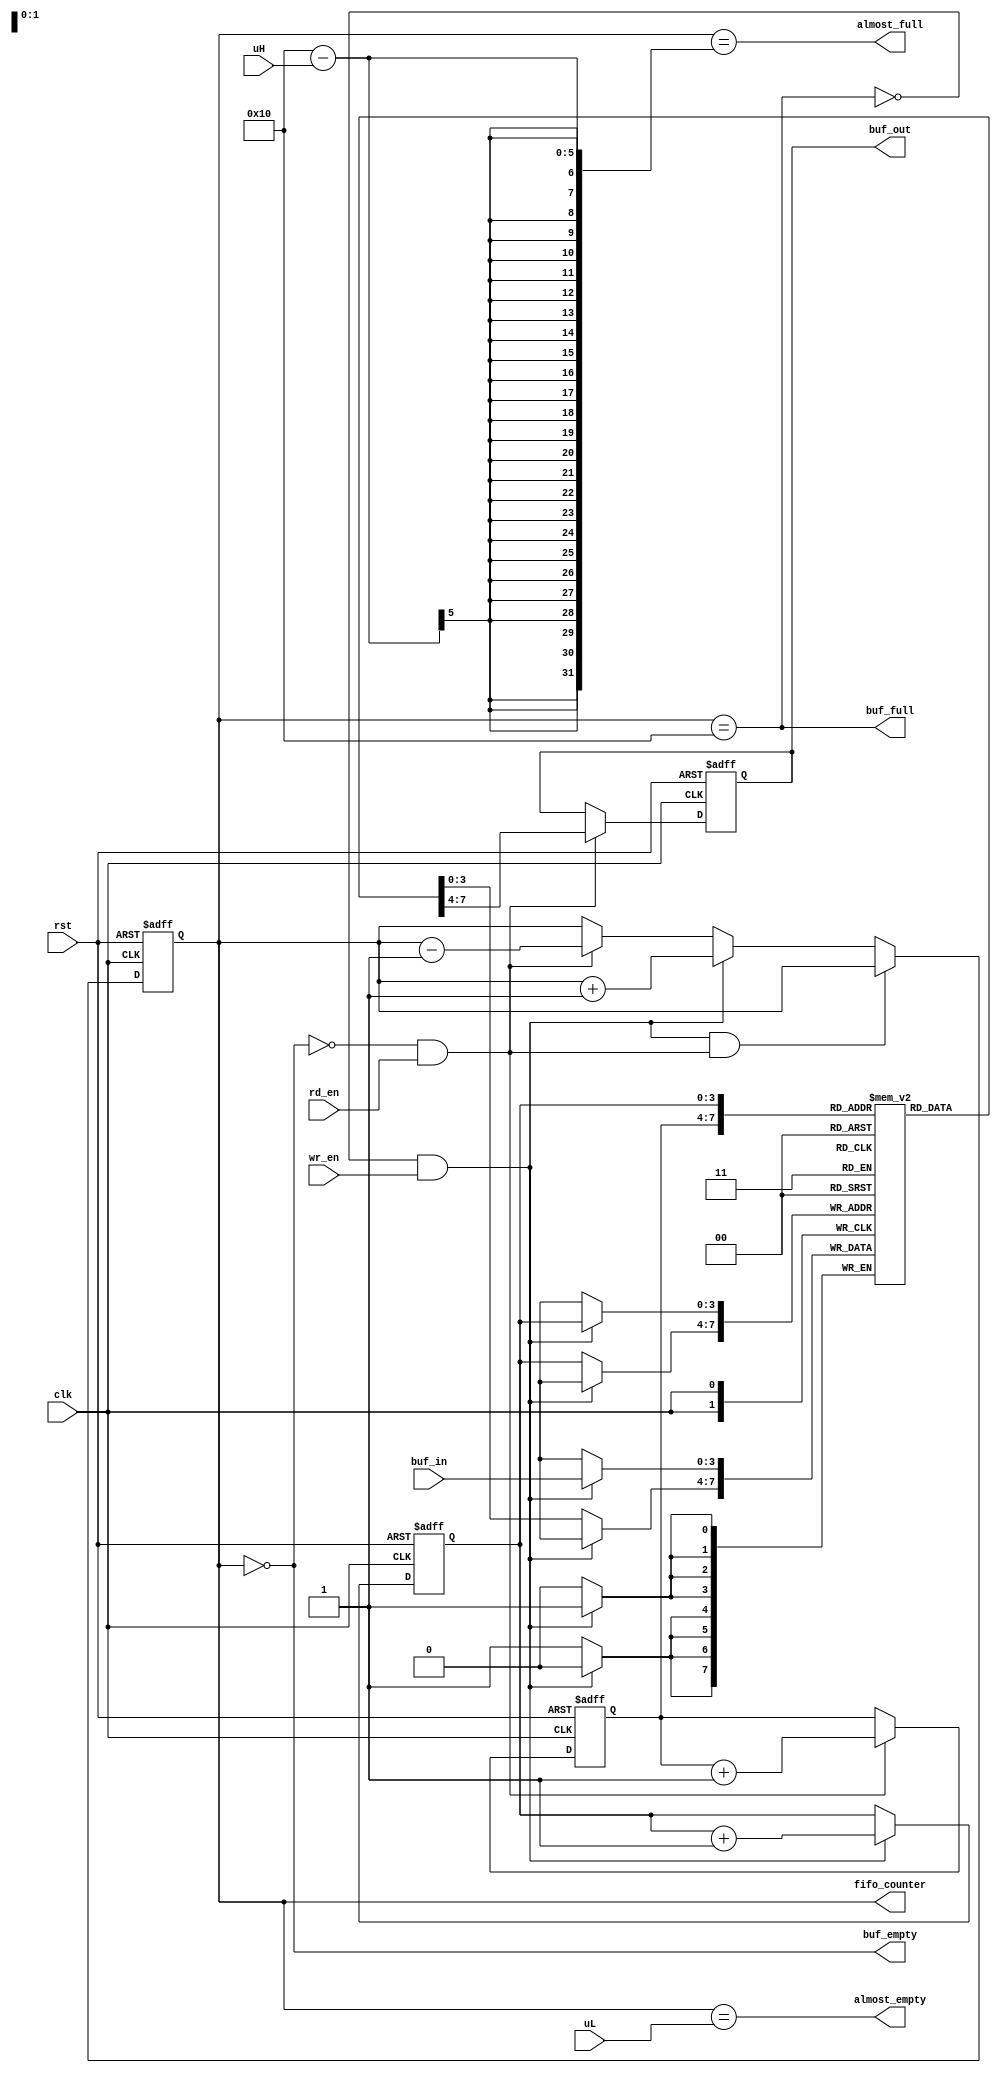
`timescale 1ns/1ps

`ifndef fifo16
`define fifo16

//para estaciar en conductual o estructural se usa el siguiente orden
//fifo instancia_fifo1 (asignacion de puertos .clk(clk1),... ) ;
//si solo conductual, se puede variar los parametros para obtenr distintos tamaos del buffer o cantidad de bits/palabra
//fifo #(.BUF_WIDTH(4), .DATA_WIDTH(8)) instancia_fifo1 (asignacion de puertos .clk(clk1),... ) ;
module fifo16 #(parameter BUF_WIDTH = 4, parameter DATA_WIDTH = 4)//cantidad de bits de direccionamiento a/y posiciones de memoria del fifo
 (
  output reg buf_empty, buf_full, almost_full, almost_empty, //banderas de estatus
  output reg [(DATA_WIDTH-1):0] buf_out,//port to output the data using pop.
  output reg [BUF_WIDTH :0] fifo_counter, // number of data pushed in to buffer
  input clk, rst, wr_en, rd_en, // reset, system clock, write enable and read enable.
  input [(DATA_WIDTH-1):0] buf_in,//data input to be pushed to buffer
  input [(DATA_WIDTH-1):0] uH, uL //umbrales de almost_full, almost_empty
);
//Parametros y varibles internas
// BUF_SIZE = 16 -> BUF_WIDTH = 4, no. of bits to be used in pointer
// BUF_SIZE = 8 -> BUF_WIDTH = 3, no. of bits to be used in pointer
parameter BUF_SIZE = ( 1<<BUF_WIDTH ); // 1 << 3 = 100 binario = 8 decimal, 8 posiciones de memoria
reg [(BUF_WIDTH-1):0]  rd_ptr, wr_ptr; // pointer to read and write addresses
reg [(DATA_WIDTH-1):0] buf_mem [(BUF_SIZE-1) : 0]; // Memoria: 4bits * (BUF_SIZE-1)posiciones

//banderas empty, full segun conteo de datos en el fifo
always @(fifo_counter) begin
   buf_empty = (fifo_counter==0);
   buf_full = (fifo_counter== BUF_SIZE);
end
//banderas almost_empty, almost_full segun conteo de datos en el fifo
always @(fifo_counter) begin
   almost_full = (fifo_counter == (BUF_SIZE-uH));//se activa cuando faltan 2 espacios para lleno
   almost_empty = (fifo_counter == uL);//se activa cuando lleva mas de 2 posiciones llenas
end



//conteo de datos en el fifo ingresados o sacados
always @(posedge clk or posedge rst)
begin
   if( rst )
       fifo_counter <= 0;

   else if( (!buf_full && wr_en) && ( !buf_empty && rd_en ) )
       fifo_counter <= fifo_counter;

   else if( !buf_full && wr_en )
       fifo_counter <= fifo_counter + 1;

   else if( !buf_empty && rd_en )
       fifo_counter <= fifo_counter - 1;

   else
      fifo_counter <= fifo_counter;
end

//pop, leer datos desde el fifo
always @( posedge clk or posedge rst)
begin
   if( rst )
      buf_out <= 0;
   else
   begin
      if( rd_en && !buf_empty )
         buf_out <= buf_mem[rd_ptr];

      else
         buf_out <= buf_out;

   end
end

//push, escribir datos en el fifo
always @(posedge clk)
begin

   if( wr_en && !buf_full )
      buf_mem[ wr_ptr ] <= buf_in;

   else
      buf_mem[ wr_ptr ] <= buf_mem[ wr_ptr ];
end

//control de punteros de lectura y escritura
always@(posedge clk or posedge rst)
begin
   if( rst )
   begin
      wr_ptr <= 0;
      rd_ptr <= 0;
   end
   else
   begin
      if( !buf_full && wr_en )    wr_ptr <= wr_ptr + 1;
          else  wr_ptr <= wr_ptr;

      if( !buf_empty && rd_en )   rd_ptr <= rd_ptr + 1;
      else rd_ptr <= rd_ptr;
   end

end
endmodule

`endif